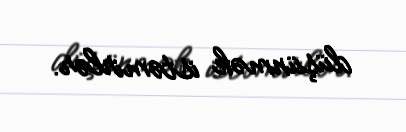
düşünmək istəmirlər.